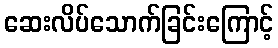
ဆေးလိပ်သောက်ခြင်းကြောင့်